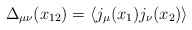
\begin{align*}\Delta_{\mu\nu}(x_{12}) = \langle j_\mu(x_1)j_\nu(x_2)\rangle\end{align*}